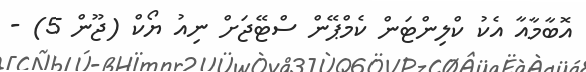
އޮބާމާއާ އެކު ކްލިންޓަން ކެމްޕޭން ސްޓޭޖަށް ނިއު ޔޯކް (ޖޫން 5) -